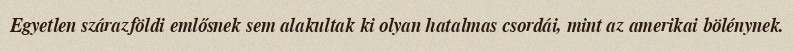
Egyetlen szárazföldi emlősnek sem alakultak ki olyan hatalmas csordái, mint az amerikai bölénynek.